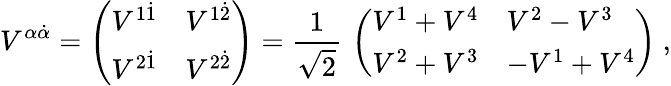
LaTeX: V^{\alpha\dot{\alpha}}=\left(\begin{array}{ll}{{V^{1\dot{1}}}}&{{V^{1\dot{2}}}}\\ {{V^{2\dot{1}}}}&{{V^{2\dot{2}}}}\end{array}\right)={\frac{1}{\sqrt 2}}\, \left(\begin{array}{ll}{{V^{1}+V^{4}}}&{{V^{2}-V^{3}}}\\ {{V^{2}+V^{3}}}&{{-V^{1}+V^{4}}}\end{array}\right)\ ,